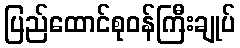
ပြည်ထောင်စုဝန်ကြီးချုပ်